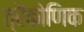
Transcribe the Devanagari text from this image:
त्रैकोणिक